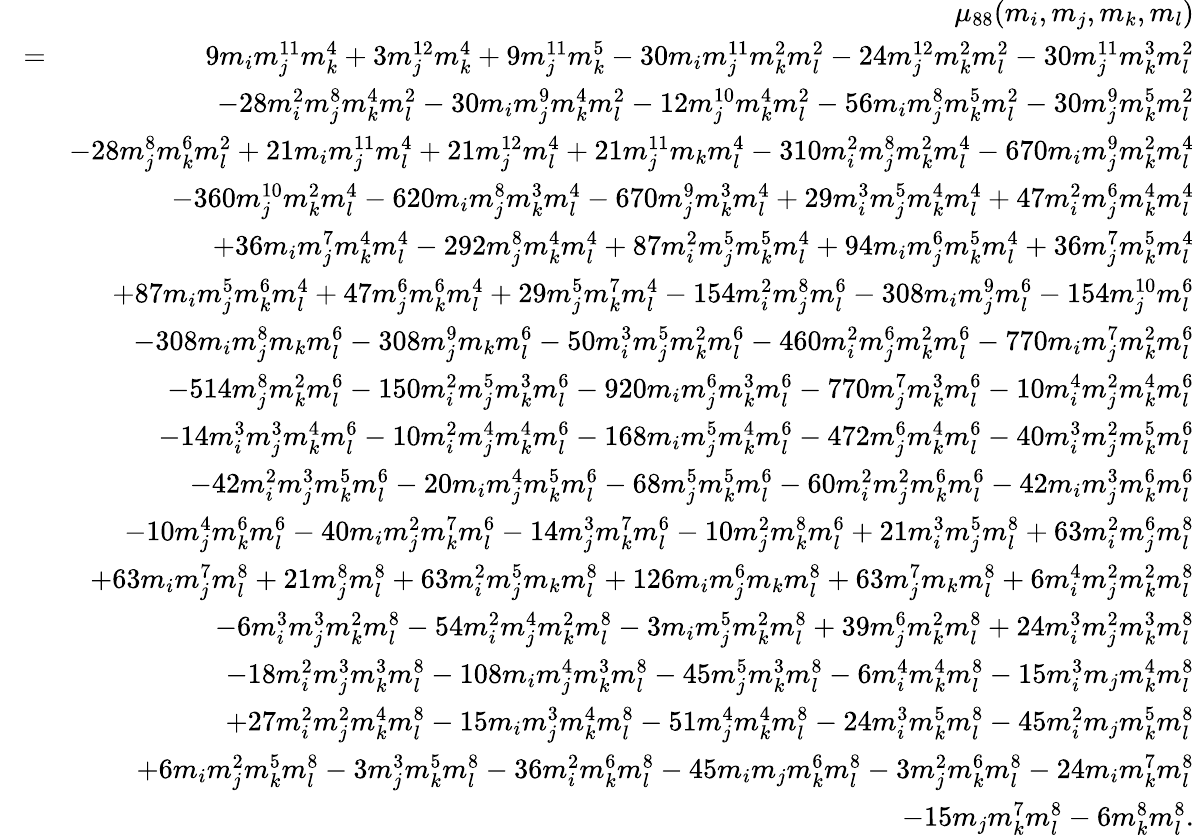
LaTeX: \begin{array}{rlr}&{}&{\mu_{88}(m_{i},m_{j},m_{k},m_{l})}\\ &{\! =\! }&{9m_{i}m_{j}^{11}m_{k}^{4}+3m_{j}^{12}m_{k}^{4}+9m_{j}^{11}m_{k}^{5}-30m_{i}m_{j}^{11}m_{k}^{2}m_{l}^{2}-24m_{j}^{12}m_{k}^{2}m_{l}^{2}-30m_{j}^{11}m_{k}^{3}m_{l}^{2}}\\ &{}&{-28m_{i}^{2}m_{j}^{8}m_{k}^{4}m_{l}^{2}-30m_{i}m_{j}^{9}m_{k}^{4}m_{l}^{2}-12m_{j}^{10}m_{k}^{4}m_{l}^{2}-56m_{i}m_{j}^{8}m_{k}^{5}m_{l}^{2}-30m_{j}^{9}m_{k}^{5}m_{l}^{2}}\\ &{}&{-28m_{j}^{8}m_{k}^{6}m_{l}^{2}+21m_{i}m_{j}^{11}m_{l}^{4}+21m_{j}^{12}m_{l}^{4}+21m_{j}^{11}m_{k}m_{l}^{4}-310m_{i}^{2}m_{j}^{8}m_{k}^{2}m_{l}^{4}-670m_{i}m_{j}^{9}m_{k}^{2}m_{l}^{4}}\\ &{}&{-360m_{j}^{10}m_{k}^{2}m_{l}^{4}-620m_{i}m_{j}^{8}m_{k}^{3}m_{l}^{4}-670m_{j}^{9}m_{k}^{3}m_{l}^{4}+29m_{i}^{3}m_{j}^{5}m_{k}^{4}m_{l}^{4}+47m_{i}^{2}m_{j}^{6}m_{k}^{4}m_{l}^{4}}\\ &{}&{+36m_{i}m_{j}^{7}m_{k}^{4}m_{l}^{4}-292m_{j}^{8}m_{k}^{4}m_{l}^{4}+87m_{i}^{2}m_{j}^{5}m_{k}^{5}m_{l}^{4}+94m_{i}m_{j}^{6}m_{k}^{5}m_{l}^{4}+36m_{j}^{7}m_{k}^{5}m_{l}^{4}}\\ &{}&{+87m_{i}m_{j}^{5}m_{k}^{6}m_{l}^{4}+47m_{j}^{6}m_{k}^{6}m_{l}^{4}+29m_{j}^{5}m_{k}^{7}m_{l}^{4}-154m_{i}^{2}m_{j}^{8}m_{l}^{6}-308m_{i}m_{j}^{9}m_{l}^{6}-154m_{j}^{10}m_{l}^{6}}\\ &{}&{-308m_{i}m_{j}^{8}m_{k}m_{l}^{6}-308m_{j}^{9}m_{k}m_{l}^{6}-50m_{i}^{3}m_{j}^{5}m_{k}^{2}m_{l}^{6}-460m_{i}^{2}m_{j}^{6}m_{k}^{2}m_{l}^{6}-770m_{i}m_{j}^{7}m_{k}^{2}m_{l}^{6}}\\ &{}&{-514m_{j}^{8}m_{k}^{2}m_{l}^{6}-150m_{i}^{2}m_{j}^{5}m_{k}^{3}m_{l}^{6}-920m_{i}m_{j}^{6}m_{k}^{3}m_{l}^{6}-770m_{j}^{7}m_{k}^{3}m_{l}^{6}-10m_{i}^{4}m_{j}^{2}m_{k}^{4}m_{l}^{6}}\\ &{}&{-14m_{i}^{3}m_{j}^{3}m_{k}^{4}m_{l}^{6}-10m_{i}^{2}m_{j}^{4}m_{k}^{4}m_{l}^{6}-168m_{i}m_{j}^{5}m_{k}^{4}m_{l}^{6}-472m_{j}^{6}m_{k}^{4}m_{l}^{6}-40m_{i}^{3}m_{j}^{2}m_{k}^{5}m_{l}^{6}}\\ &{}&{-42m_{i}^{2}m_{j}^{3}m_{k}^{5}m_{l}^{6}-20m_{i}m_{j}^{4}m_{k}^{5}m_{l}^{6}-68m_{j}^{5}m_{k}^{5}m_{l}^{6}-60m_{i}^{2}m_{j}^{2}m_{k}^{6}m_{l}^{6}-42m_{i}m_{j}^{3}m_{k}^{6}m_{l}^{6}}\\ &{}&{-10m_{j}^{4}m_{k}^{6}m_{l}^{6}-40m_{i}m_{j}^{2}m_{k}^{7}m_{l}^{6}-14m_{j}^{3}m_{k}^{7}m_{l}^{6}-10m_{j}^{2}m_{k}^{8}m_{l}^{6}+21m_{i}^{3}m_{j}^{5}m_{l}^{8}+63m_{i}^{2}m_{j}^{6}m_{l}^{8}}\\ &{}&{+63m_{i}m_{j}^{7}m_{l}^{8}+21m_{j}^{8}m_{l}^{8}+63m_{i}^{2}m_{j}^{5}m_{k}m_{l}^{8}+126m_{i}m_{j}^{6}m_{k}m_{l}^{8}+63m_{j}^{7}m_{k}m_{l}^{8}+6m_{i}^{4}m_{j}^{2}m_{k}^{2}m_{l}^{8}}\\ &{}&{-6m_{i}^{3}m_{j}^{3}m_{k}^{2}m_{l}^{8}-54m_{i}^{2}m_{j}^{4}m_{k}^{2}m_{l}^{8}-3m_{i}m_{j}^{5}m_{k}^{2}m_{l}^{8}+39m_{j}^{6}m_{k}^{2}m_{l}^{8}+24m_{i}^{3}m_{j}^{2}m_{k}^{3}m_{l}^{8}}\\ &{}&{-18m_{i}^{2}m_{j}^{3}m_{k}^{3}m_{l}^{8}-108m_{i}m_{j}^{4}m_{k}^{3}m_{l}^{8}-45m_{j}^{5}m_{k}^{3}m_{l}^{8}-6m_{i}^{4}m_{k}^{4}m_{l}^{8}-15m_{i}^{3}m_{j}m_{k}^{4}m_{l}^{8}}\\ &{}&{+27m_{i}^{2}m_{j}^{2}m_{k}^{4}m_{l}^{8}-15m_{i}m_{j}^{3}m_{k}^{4}m_{l}^{8}-51m_{j}^{4}m_{k}^{4}m_{l}^{8}-24m_{i}^{3}m_{k}^{5}m_{l}^{8}-45m_{i}^{2}m_{j}m_{k}^{5}m_{l}^{8}}\\ &{}&{+6m_{i}m_{j}^{2}m_{k}^{5}m_{l}^{8}-3m_{j}^{3}m_{k}^{5}m_{l}^{8}-36m_{i}^{2}m_{k}^{6}m_{l}^{8}-45m_{i}m_{j}m_{k}^{6}m_{l}^{8}-3m_{j}^{2}m_{k}^{6}m_{l}^{8}-24m_{i}m_{k}^{7}m_{l}^{8}}\\ &{}&{-15m_{j}m_{k}^{7}m_{l}^{8}-6m_{k}^{8}m_{l}^{8}.}\end{array}